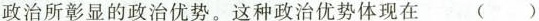
政治所彰显的政治优势。这种政治优势体现在 ()